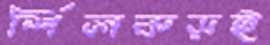
শিলকড়ই